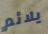
يلائم